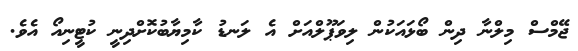
ޖޭމްސް މިލްނާ ދިން ބޯޅައަކުން ލިވަޕޫލްއަށް އެ ލަނޑު ކާމިޔާބުކޮށްދިނީ ކުޓީނިއޯ އެވެ.